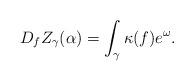
LaTeX: \begin{align*} D_f Z_\gamma(\alpha) = \int_\gamma \kappa(f) e^\omega.\end{align*}